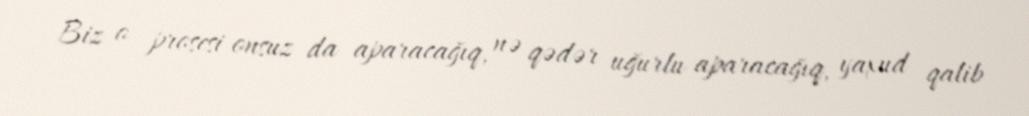
Biz o prosesi onsuz da aparacağıq, nə qədər uğurlu aparacağıq, yaxud qalib